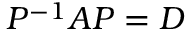
P ^ { - 1 } A P = D